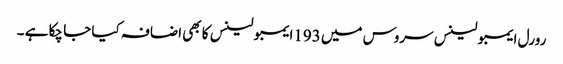
رورل ایمبولینس سروس میں 193ایمبولینس کا بھی اضافہ کیا جا چکا ہے ۔